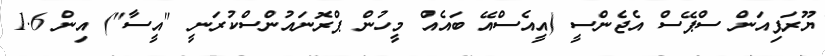
ޔޫރަޕިއަން ސްޕޭސް އެޖެންސީ (އީއެސްއޭ ބައެއް މީހުން ޕްރޮނައުންސްކުރަނީ "އީސާ") އިން 1.6